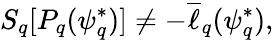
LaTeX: S_{q}[P_{q}({\psi_{q}^{*}})]\ne-\overline{{\ell}}_{q}(\psi_{q}^{*}),